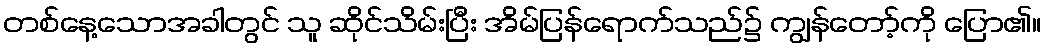
တစ်နေ့သောအခါတွင် သူ ဆိုင်သိမ်းပြီး အိမ်ပြန်ရောက်သည်၌ ကျွန်တော့်ကို ပြော၏။